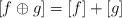
LaTeX: \begin{align*} [f\oplus g]=[f]+[g] \end{align*}